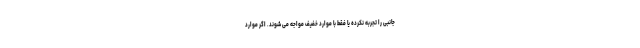
جانبی را تجربه نکرده یا فقط با موارد خفیف مواجه می شوند. اگر موارد